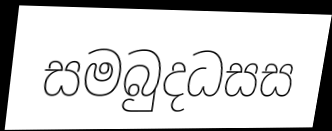
සමබුදධසස